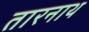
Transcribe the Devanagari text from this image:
तारनाथ